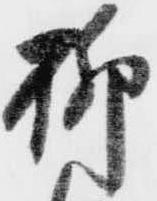
柳